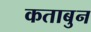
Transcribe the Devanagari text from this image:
कताबुन